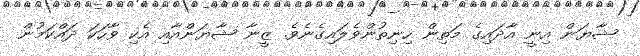
ޝާޔަން އިނީ އާދައިގެ މަތިން ހިނިތުންވެލައިގެނެވެ. ޒީނާ ޝާޔަންއާއި އެކި ވާހަކަ ދައްކަމުން